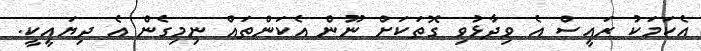
އެކަމަކު ރައީސް އެ ވިދާޅުވި ގޮތަކަށް ނޫން އެކަންތައް ނިމިގެން އެ ދިޔައީކީ.